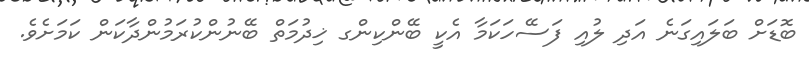
ބޮޑަށް ބަލައިގަނެ އަދި ލުއި ފަސޭހަކަމާ އެކީ ބޭންކިންގ ޚިދުމަތް ބޭނުންކުރަމުންދާކަން ކަމަށެވެ.